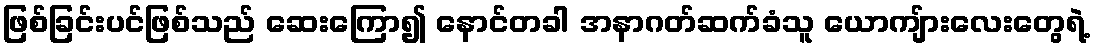
ဖြစ်ခြင်းပင်ဖြစ်သည် ဆေးကြော၍ နောင်တခါ အနာဂတ်ဆက်ခံသူ ယောကျ်ားလေးတွေရဲ့